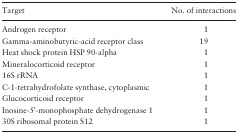
<table><thead><tr><td><b>Target</b></td><td><b>No. of interactions</b></td></tr></thead><tbody><tr><td>Androgen receptor</td><td>1</td></tr><tr><td>Gamma-aminobutyric-acid receptor class</td><td>19</td></tr><tr><td>Heat shock protein HSP 90-alpha</td><td>1</td></tr><tr><td>Mineralocorticoid receptor</td><td>1</td></tr><tr><td>16S rRNA</td><td>1</td></tr><tr><td>C-1-tetrahydrofolate synthase, cytoplasmic</td><td>1</td></tr><tr><td>Glucocorticoid receptor</td><td>1</td></tr><tr><td>Inosine-5′-monophosphate dehydrogenase 1</td><td>1</td></tr><tr><td>30S ribosomal protein S12</td><td>1</td></tr></tbody></table>